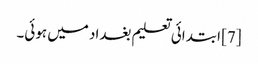
[7] ابتدائی تعلیم بغداد میں ہوئی۔